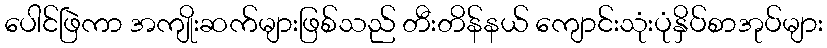
ပေါင်ဖြဲကာ အကျိုးဆက်များဖြစ်သည် တီးတိန်နယ် ကျောင်းသုံးပုံနှိပ်စာအုပ်များ